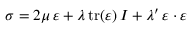
\, \, { \boldsymbol { \sigma } } = 2 \mu \, { \boldsymbol { \varepsilon } } + \lambda \, { \mathrm { t r } } ( { \boldsymbol { \varepsilon } } ) \, { \boldsymbol { I } } + \lambda ^ { \prime } \, { \boldsymbol { \varepsilon } } \cdot { \boldsymbol { \varepsilon } } \,